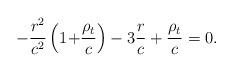
LaTeX: \begin{align*}- \frac{{ r}^2}{c^2}\left( {1{\rm{ + }}\frac{{{\rho _t}}}{c}} \right) - 3\frac{ r}{c} + \frac{{{\rho _t}}}{c} = 0.\end{align*}